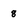
Character: 8